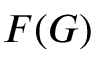
F ( G )